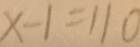
x - 1 = 1 1 0